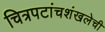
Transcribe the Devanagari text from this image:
चित्रपटांचशंखलेची